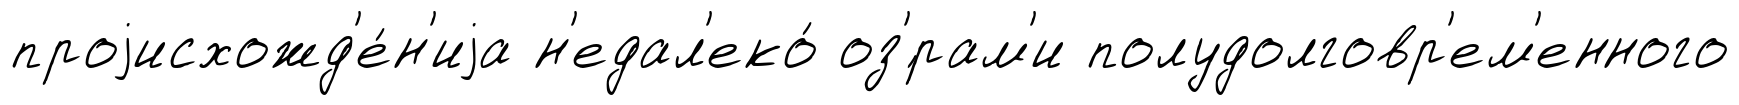
проjисхожд'е́н'иjа н'едал'еко́ оз'́рам'и полудолговр'ем'енного